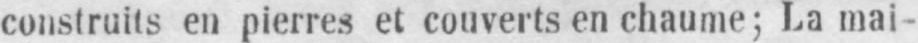
construits en pierres et couverts en chaume; La mai-